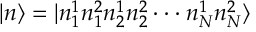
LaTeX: \vert n \rangle = \vert n _ { 1 } ^ { 1 } n _ { 1 } ^ { 2 } n _ { 2 } ^ { 1 } n _ { 2 } ^ { 2 } \cdot \cdot \cdot n _ { N } ^ { 1 } n _ { N } ^ { 2 } \rangle